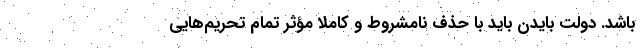
باشد. دولت بایدن باید با حذف نامشروط و کاملا مؤثر تمام تحریم‌هایی